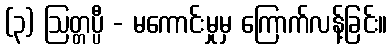
(၃) ဩတ္တပ္ပီ - မကောင်းမှုမှ ကြောက်လန့်ခြင်း။